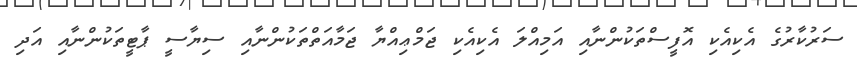
ސަރުކާރުގެ އެކިއެކި އޮފީސްތަކުންނާއި އަމިއްލަ އެކިއެކި ޖަމްޢިއްޔާ ޖަމާއަތްތަކުންނާއި ސިޔާސީ ޕާޓީތަކުންނާއި އަދި